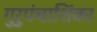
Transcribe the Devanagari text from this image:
गुरुपंचाशिंका